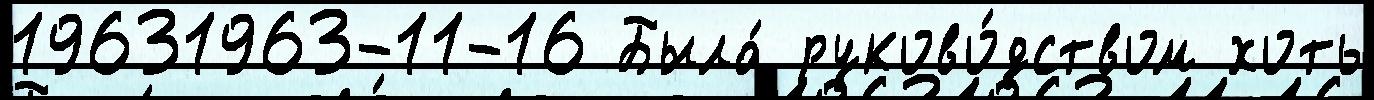
19631963-11-16 Была́ руково́дством хоть